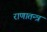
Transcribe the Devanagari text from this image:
राणातन्त्र